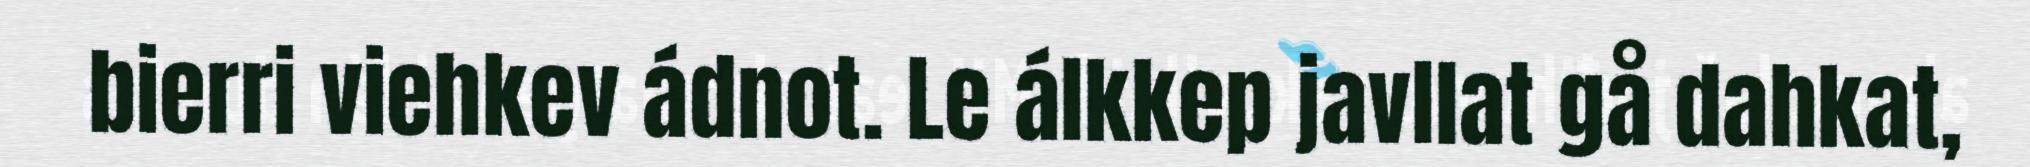
bierri viehkev ádnot. Le álkkep javllat gå dahkat,